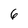
Character: 6